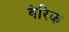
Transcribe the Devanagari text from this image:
वेरिक